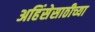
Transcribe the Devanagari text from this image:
अहिंसेसाठीच्या